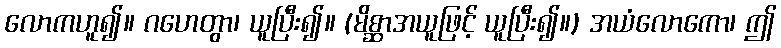
လောကဟူ၍။ ဂဟေတွာ၊ ယူပြီး၍။ (မိစ္ဆာအယူဖြင့် ယူပြီး၍။) အယံလောကော၊ ဤ